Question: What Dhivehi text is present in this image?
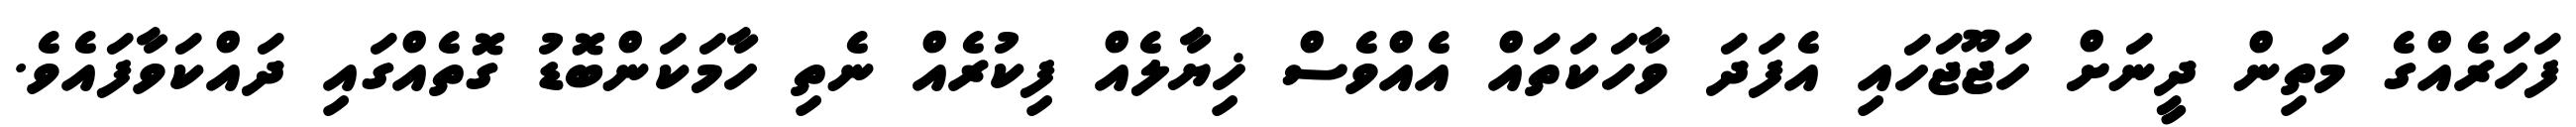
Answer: ފަހަރެއްގެ މަތިން ދީނަށް ހަޖޫޖަހައި އެފަދަ ވާހަކަތައް އެއްވެސް ޚިޔާލެއް ފިކުރެއް ނެތި ހާމަކަންބޮޑު ގޮތެއްގައި ދައްކަވާފައެވެ.